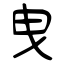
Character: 曳